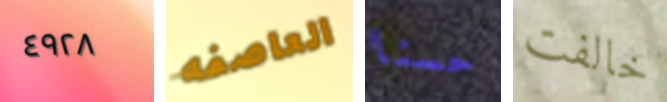
٤٩٢٨ العاصفه حسنا خالفت